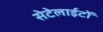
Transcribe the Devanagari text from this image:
सेटेलाईटों